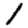
Digit: 1